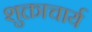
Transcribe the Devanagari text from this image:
शुक्ताचार्य